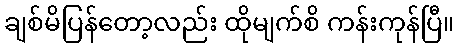
ချစ်မိပြန်တော့လည်း ထိုမျက်စိ ကန်းကုန်ပြီ။